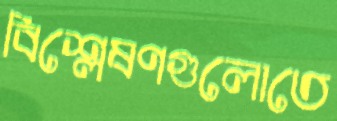
বিশ্লেষণগুলোতে